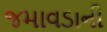
જમાવડાની